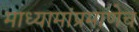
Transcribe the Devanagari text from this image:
माध्यामांप्रमाणेच